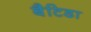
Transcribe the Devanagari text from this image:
बैटिडा